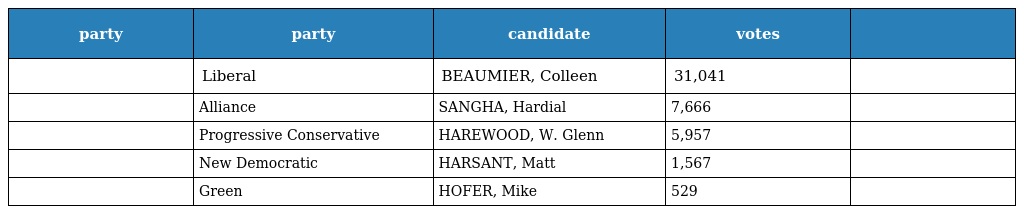
| party | party | candidate | votes |  |
 | --- | --- | --- | --- | --- |
 |  | Liberal | BEAUMIER, Colleen | 31,041 |  |
 |  | Alliance | SANGHA, Hardial | 7,666 |  |
 |  | Progressive Conservative | HAREWOOD, W. Glenn | 5,957 |  |
 |  | New Democratic | HARSANT, Matt | 1,567 |  |
 |  | Green | HOFER, Mike | 529 |  |